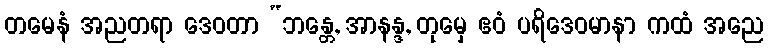
တမေနံ အညတရာ ဒေဝတာ “ဘန္တေ, အာနန္ဒ, တုမှေ ဧဝံ ပရိဒေဝမာနာ ကထံ အညေ